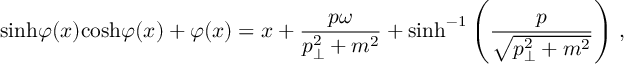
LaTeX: \mathrm { s i n h } \varphi ( x ) \mathrm { c o s h } \varphi ( x ) + \varphi ( x ) = x + { \frac { p \omega } { p _ { \perp } ^ { 2 } + m ^ { 2 } } } + \mathrm { s i n h } ^ { - 1 } \left( { \frac { p } { \sqrt { p _ { \perp } ^ { 2 } + m ^ { 2 } } } } \right) \, ,